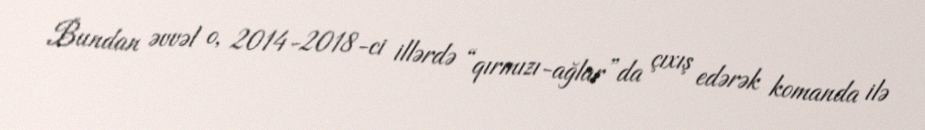
Bundan əvvəl o, 2014-2018-ci illərdə “qırmızı-ağlar”da çıxış edərək komanda ilə